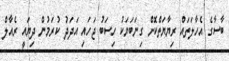
ބާސާގެ އެހާލަތައް ރިޔާޔަތްކޮށް ގިނަބަޔަކު ހިސަބު ޖަހައި އަދަދު ކުރަމުން ދިޔައީ ރެއާލް